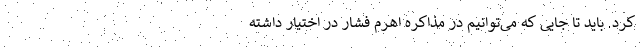
کرد. باید تا جایی که می‌توانیم در مذاکره اهرم فشار در اختیار داشته